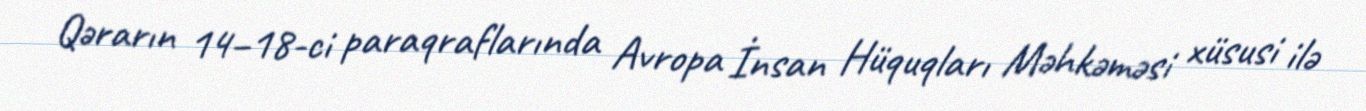
Qərarın 14–18-ci paraqraflarında Avropa İnsan Hüquqları Məhkəməsi xüsusi ilə